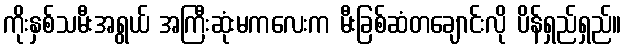
ကိုးနှစ်သမီးအရွယ် အကြီးဆုံးမကလေးက မီးခြစ်ဆံတချောင်းလို ပိန်ရှည်ရှည်။